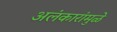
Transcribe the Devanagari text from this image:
अलंकारांमुळे